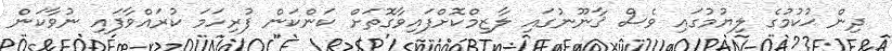
ދިން ޙުކުމުގެ ލިޔުމުގައި ވެސް ޤާނޫނުގައި ލާޒިމްކޮށްފައިވާގޮތަށް ކަންކަން ފުރިހަމަ ކުރައްވާފައި ނުވާކަން